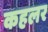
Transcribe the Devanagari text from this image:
कहलर